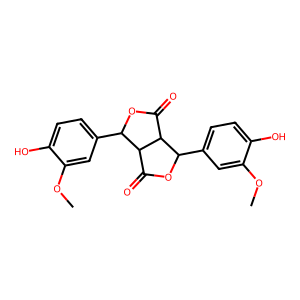
SMILES: COc1cc(C2OC(=O)C3C(c4ccc(O)c(OC)c4)OC(=O)C23)ccc1O
Inhibits HIV replication: No